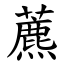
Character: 藨